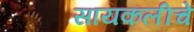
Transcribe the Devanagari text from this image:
सायकलीचे